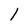
Character: 1